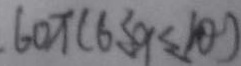
6 0 \pi ( 6 \leq 9 \leq 1 0 )